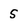
Character: S